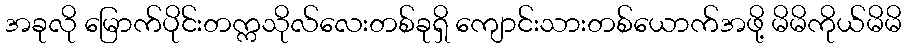
အခုလို မြောက်ပိုင်းတက္ကသိုလ်လေးတစ်ခုရှိ ကျောင်းသားတစ်ယောက်အဖို့ မိမိကိုယ်မိမိ